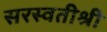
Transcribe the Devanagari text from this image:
सरस्वतीश्री